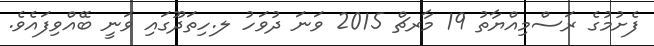
ފެށުމުގެ ރަސްމިއްޔާތު 19 މާރޗް 2015 ވަނަ ދުވަހު ލ.ހިތަދޫގައި ވަނީ ބޭއްވިފައެވެ.